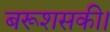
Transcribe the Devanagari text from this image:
बरूशसकी।